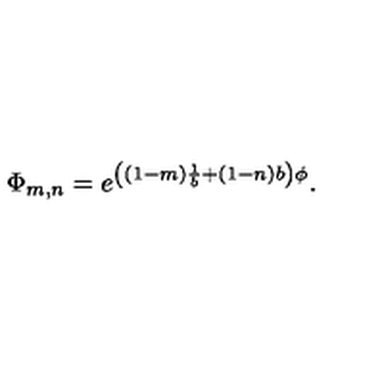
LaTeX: \Phi _ { m , n } = e ^ { \left( ( 1 - m ) \frac { 1 } { b } + ( 1 - n ) b \right) \phi } .